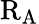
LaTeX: \mathrm{R}_{\mathrm{A}}